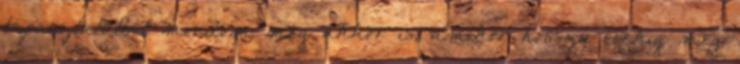
tapasztalatból mondom még akkor is, amikor hosszú évekig meg